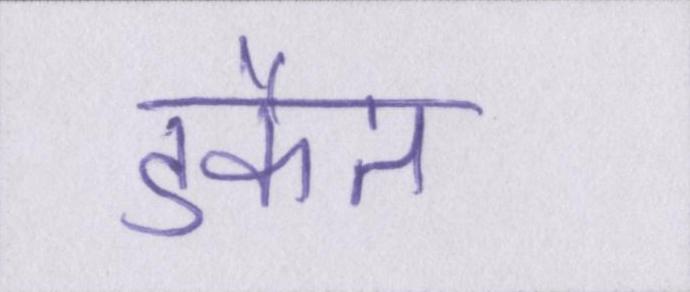
डकैत